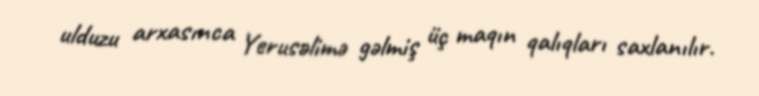
ulduzu arxasınca Yerusəlimə gəlmiş üç maqın qalıqları saxlanılır.